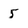
Character: 5